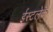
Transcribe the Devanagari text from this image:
ईस्टलेक